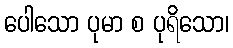
ပေါသော ပုမာ စ ပုရိသော၊